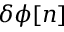
\delta \phi [ n ]